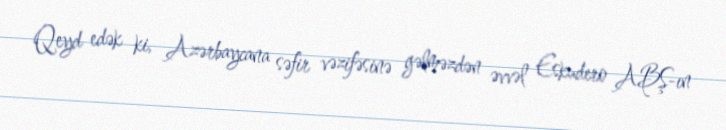
Qeyd edək ki, Azərbaycana səfir vəzifəsinə gəlməzdən əvvəl Eskudero ABŞ-ın